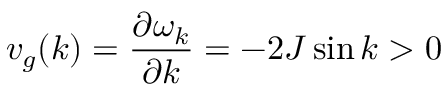
v _ { g } ( k ) = \frac { \partial \omega _ { k } } { \partial k } = - 2 J \sin { k } > 0